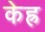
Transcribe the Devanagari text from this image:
केह्र